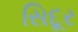
સિદૂર